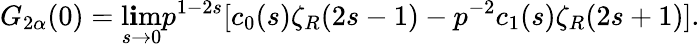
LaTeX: G_{2\alpha}(0)=\operatorname*{l\mathbf{i}m}_{s\to0}p^{1-2s}[c_{0}(s)\zeta_{R}(2s-1)-p^{-2}c_{1}(s)\zeta_{R}(2s+1)]{.}